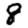
Digit: 8